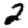
Digit: 2